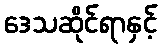
ဒေသဆိုင်ရာနှင့်